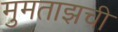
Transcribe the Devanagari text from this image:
मुमताझची